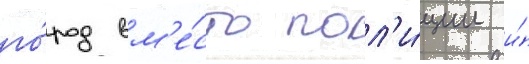
го́род вм'е́сто пол'и́ции и́